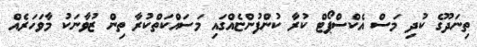
ތިނަދޫގެ ކުދި މަސް އެކްސްޕޯޓް ކުރާ ކުންފުންޏެއްގައި މަސައްކަތްކުރާ ތިން ޒުވާނަކު މާވަހަރެއް